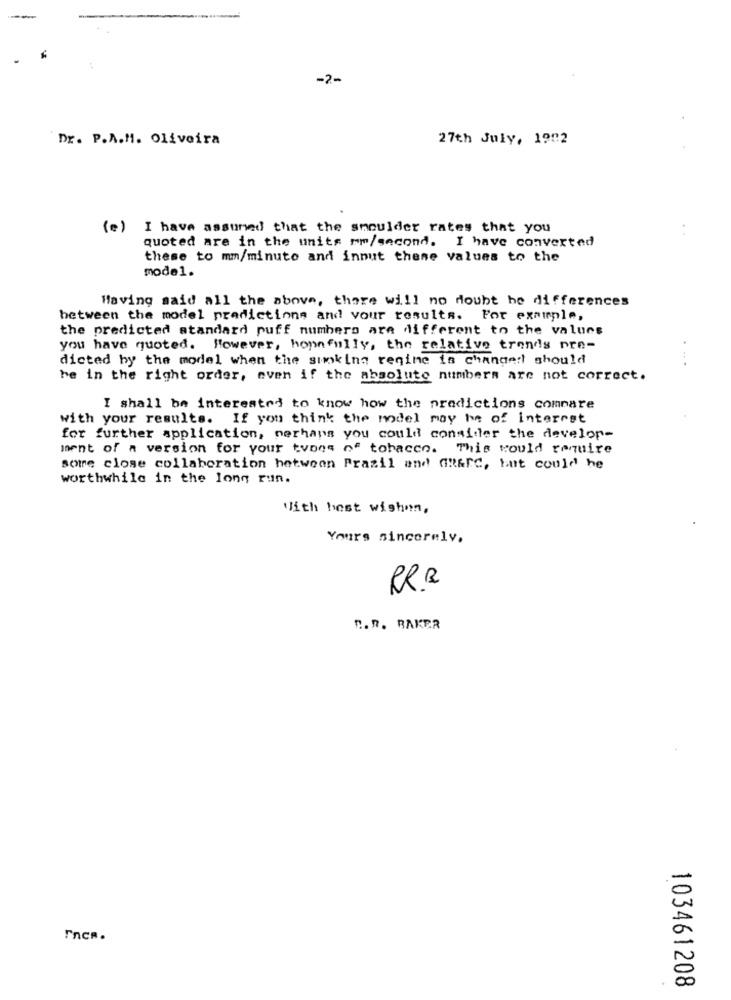
-2-
Dr. P.A.M. Oliveira
27th July, 1902
(e) I have assumed that the shoulder rates that you
quoted are in the units mm/second. I have converted
these to mm/minuto and innut these values to the
mode1.
Having said all the above, there will no doubt be differences
between the model predictions and your results. For example,
the predicted standard puff numbers are different to the values
you have quoted. However, hopefully, the relative trends pre-
dicted by the model when the sunkina regine in changert should
....
he in the right order, even if the absolute numbers are not correct.
I shall be interested to know how the predictions compare
with your results. If you think the model may be of interest
for further application, perhaps you could consider the develop-
ment of a version for your tvoes of tobacco. This would require
some close collaboration between Prazil and GRErc, but could be
worthwhile in the long run.
With best wishnn,
Yours sincerely,
RR.
R.R. BAKER
FncR.
103461208